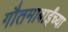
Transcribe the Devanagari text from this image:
गौतमाबाईंच्या